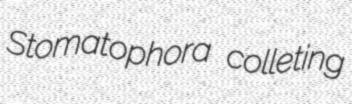
Stomatophora colleting